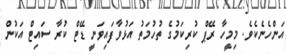
އަންހެނެކެވެ. މިމީހާ ރޭޕް ކުރިކަމުގެ ތުހުމަތު އަޅުވާފައިވަނީ ޑޭޓް ކުރާ ސައިޓް އަކުން